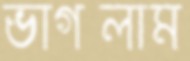
ভাগলাম